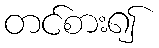
တင်စား၍